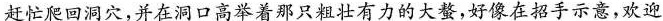
赶忙爬回洞穴，并在洞口高举着那只粗壮有力的大螯，好像在招手示意，欢迎